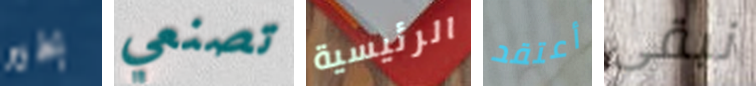
بخير تصنعي الرئيسية أعتقد نبقى